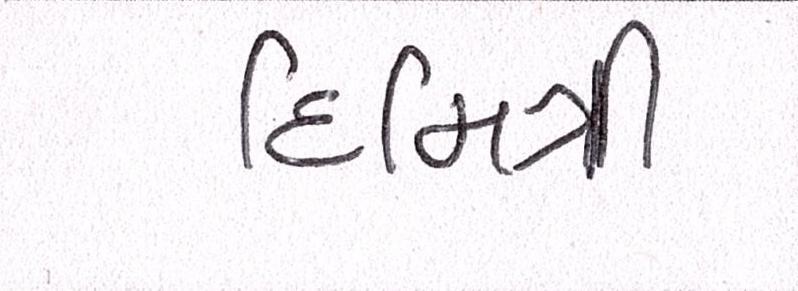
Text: દિમિત્રી